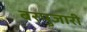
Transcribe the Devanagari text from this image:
बरपुजारी